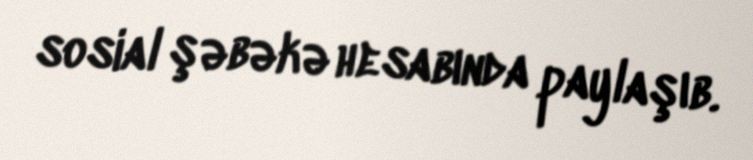
sosial şəbəkə hesabında paylaşıb.